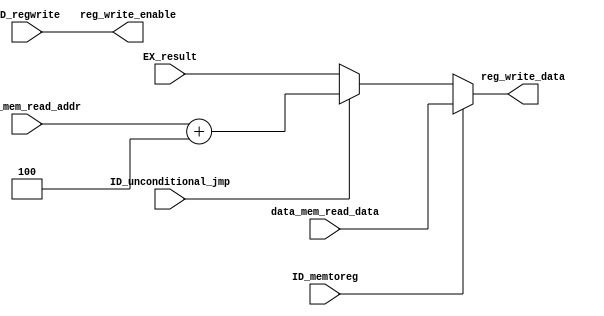
module WB(
          input wire [31:0] EX_result,
          input wire [31:0] data_mem_read_data,
          input wire        ID_regwrite,
          input wire        ID_memtoreg,
          input wire        ID_unconditional_jmp,
          input wire [31:0] inst_mem_read_addr,
          output wire       reg_write_enable,
          output reg [31:0] reg_write_data
          );
   always @ *
     if (ID_memtoreg)
       reg_write_data = data_mem_read_data;
     else
        if (ID_unconditional_jmp)
          reg_write_data = inst_mem_read_addr + 4;
        else
          reg_write_data = EX_result;
   assign reg_write_enable = ID_regwrite;
endmodule